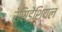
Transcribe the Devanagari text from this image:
रेसिडेंशियल